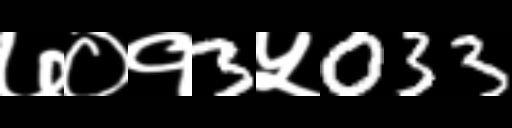
Text: ७०१3५033